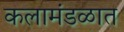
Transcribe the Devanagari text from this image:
कलामंडळात